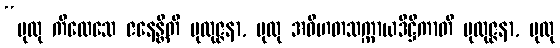
“ပုထု ကိလေသေ ဇနေန္တီတိ ပုထုဇ္ဇနာ, ပုထု အဝိဟတသက္ကာယဒိဋ္ဌိကာတိ ပုထုဇ္ဇနာ, ပုထု